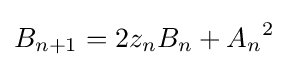
B_{n+1}=2z_{n}B_{n}+{A_{n}}^{2}